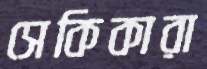
সেকিকারা